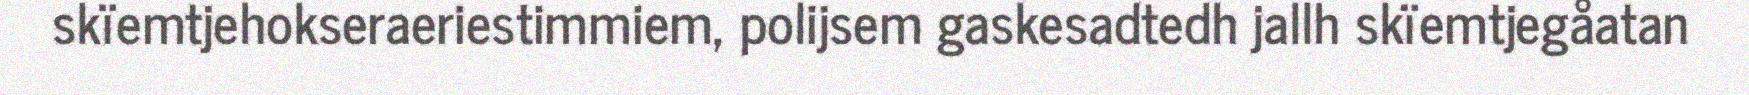
skïemtjehokseraeriestimmiem, polijsem gaskesadtedh jallh skïemtjegåatan